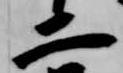
二